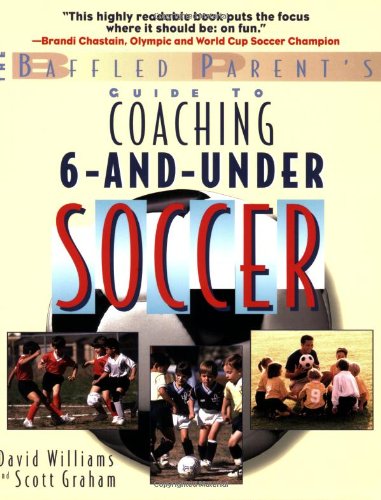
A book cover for The Baffled Parent's Guide to Coaching 6-and-Under Soccer (Baffled Parent's Guides); David Williams; Sports & Outdoors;